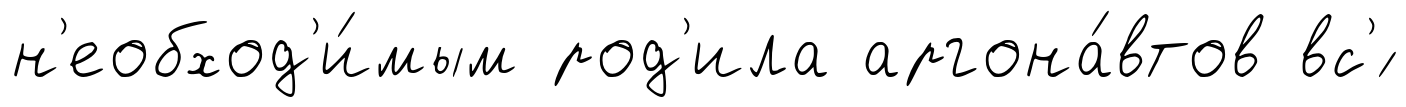
н'еобход'и́мым род'ила аргона́втов вс'́